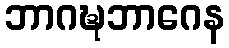
ဘာဂဍ္ဎဘာဂေန